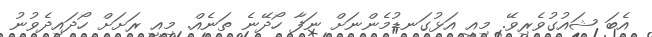
އެބަ ޝައުގުވެރިވޭ. މިއީ އަޅުގަނޑުމެންނަށް ނަފާ ހޯދޭނެ ތަނެއް. މިއީ ރަށަށް ހޯދައިދެވުނު